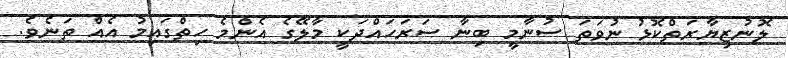
ލޮނުޒިޔާރަތްކޮޅު ނުވަތަ ސުނާމީ ބިނާ ސަރަހައްދަކީ މާލޭގެ އެންމެ ހިތްގައިމު އެއް ތަނެވެ.